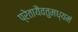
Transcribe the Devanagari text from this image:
प्रेतायैवतुमध्यमं